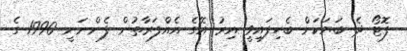
ފޮޓޯ ދެ ބަޔަކަށް ބެހިފައިވީ އިރު އޭގެ އެއްފަރާތުން ފެންނަނީ 1990 ގެ